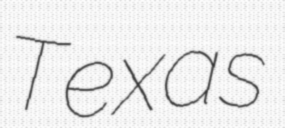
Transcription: Texas